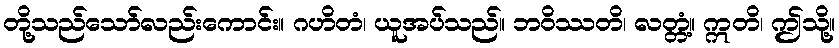
တို့သည်သော်လည်းကောင်း။ ဂဟိတံ၊ ယူအပ်သည်။ ဘဝိဿတိ၊ လတ္တံ့။ ဣတိ၊ ဤသို့။